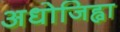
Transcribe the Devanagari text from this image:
अधोजिह्वा